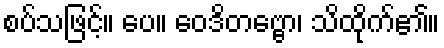
စပ်သဖြင့်။ ပေ။ ဝေဒိတဗ္ဗော၊ သိထိုက်၏။